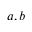
a , b